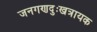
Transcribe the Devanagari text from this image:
जनगणदुःखत्रायक